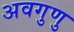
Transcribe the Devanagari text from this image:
अवगुणु